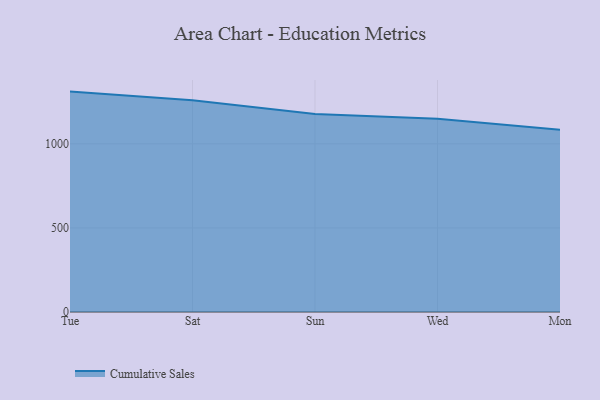
{"axis": {"x": "Day", "y": "Bounce Rate (%)"}, "legend": ["Cumulative Sales"], "data": [{"x": "Tue", "y": 1310.7, "type": "Cumulative Sales"}, {"x": "Sat", "y": 1259.2, "type": "Cumulative Sales"}, {"x": "Sun", "y": 1177.2, "type": "Cumulative Sales"}, {"x": "Wed", "y": 1149.2, "type": "Cumulative Sales"}, {"x": "Mon", "y": 1083.7, "type": "Cumulative Sales"}]}